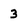
Character: 3